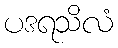
ပဒရသိလံ